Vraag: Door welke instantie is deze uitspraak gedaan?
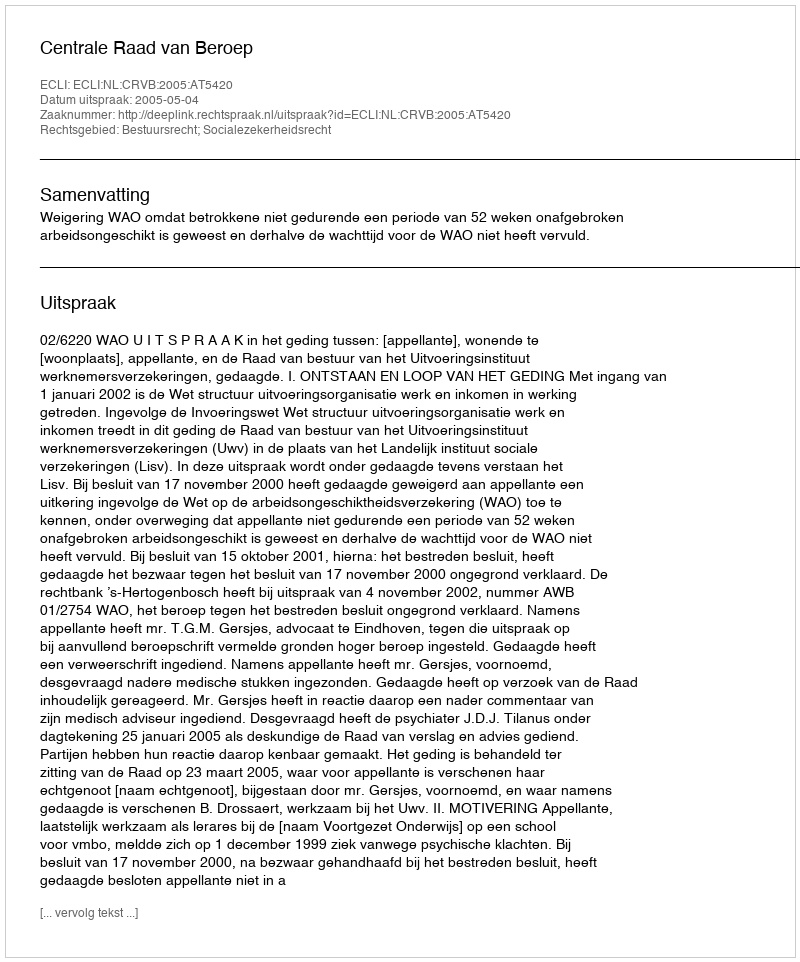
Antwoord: Centrale Raad van Beroep